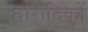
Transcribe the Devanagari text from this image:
तारादिकों